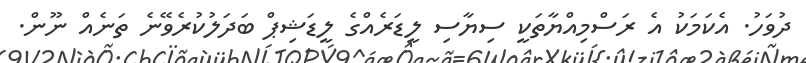
ދުވަހު. އެކަމަކު އެ ރަސްމިއްޔާތަކީ ސިޔާސި ލީޑަރެއްގެ ލީޑަޝިޕް ބަދަލުކުރެވޭނެ ތަނެއް ނޫން.